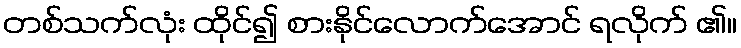
တစ်သက်လုံး ထိုင်၍ စားနိုင်လောက်အောင် ရလိုက် ၏။